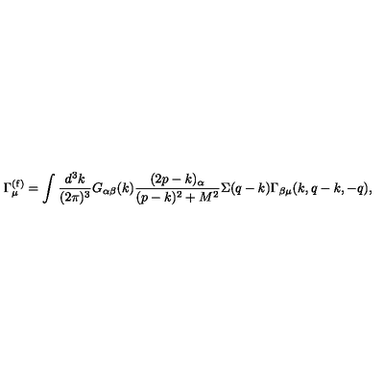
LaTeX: \Gamma _ { \mu } ^ { ( \mathrm { f ) } } = \int { \frac { d ^ { 3 } k } { ( 2 \pi ) ^ { 3 } } } G _ { \alpha \beta } ( k ) { \frac { ( 2 p - k ) _ { \alpha } } { ( p - k ) ^ { 2 } + M ^ { 2 } } } \Sigma ( q - k ) \Gamma _ { \beta \mu } ( k , q - k , - q ) ,